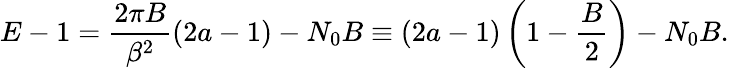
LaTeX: E-1=\frac{2\pi B}{\beta^{2}}(2a-1)-N_{0}B\equiv(2a-1)\left(1-\frac{B}{2}\right)-N_{0}B.